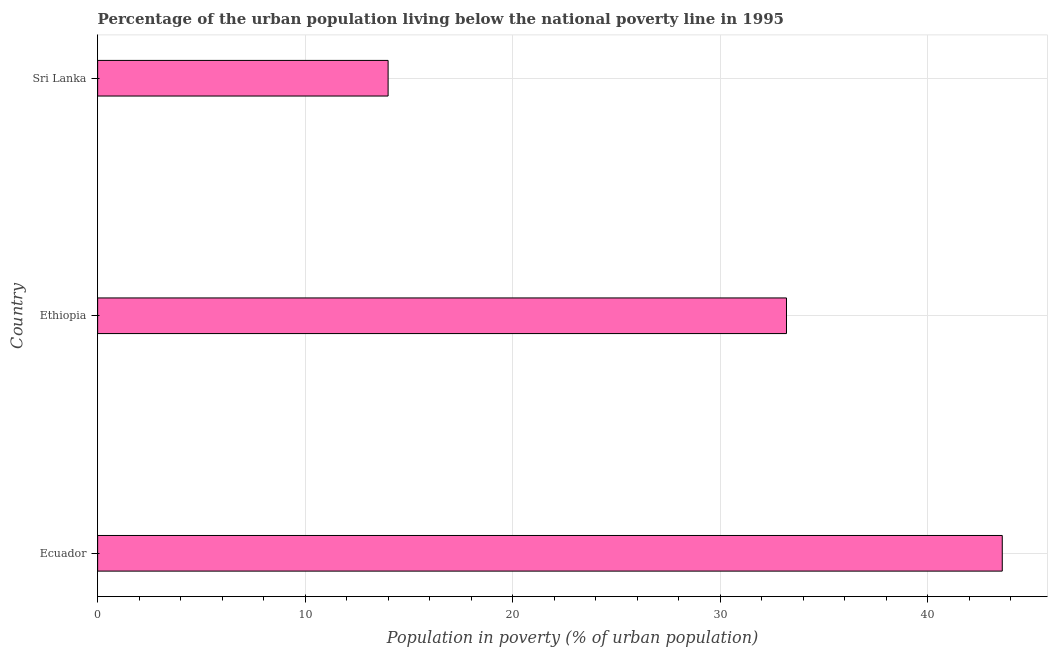
| Country | Urban poverty headcount ratio |
 | --- | --- |
 | Ecuador | 43.6 |
 | Ethiopia | 33.2 |
 | Sri Lanka | 14 |